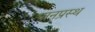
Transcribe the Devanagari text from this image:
पानप्रस्थ